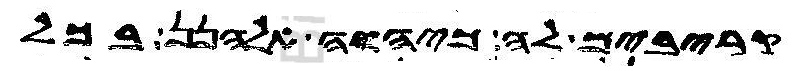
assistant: קריבים לה כיהוה אלהנן בכל